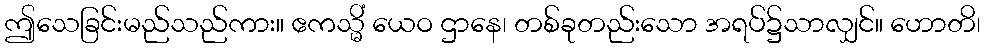
ဤသေခြင်းမည်သည်ကား။ ဧကသ္မိံ ယေဝ ဌာနေ၊ တစ်ခုတည်းသော အရပ်၌သာလျှင်။ ဟောတိ၊